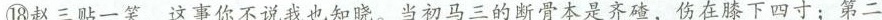
⑱赵三帖一笑，这事你不说我也知晓。当初马三的断骨本是齐喳，伤在膝下四寸；第二